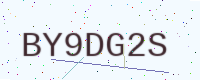
Text: BY9DG2S